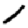
Digit: 1